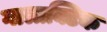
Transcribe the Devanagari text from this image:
गालाक्टिक